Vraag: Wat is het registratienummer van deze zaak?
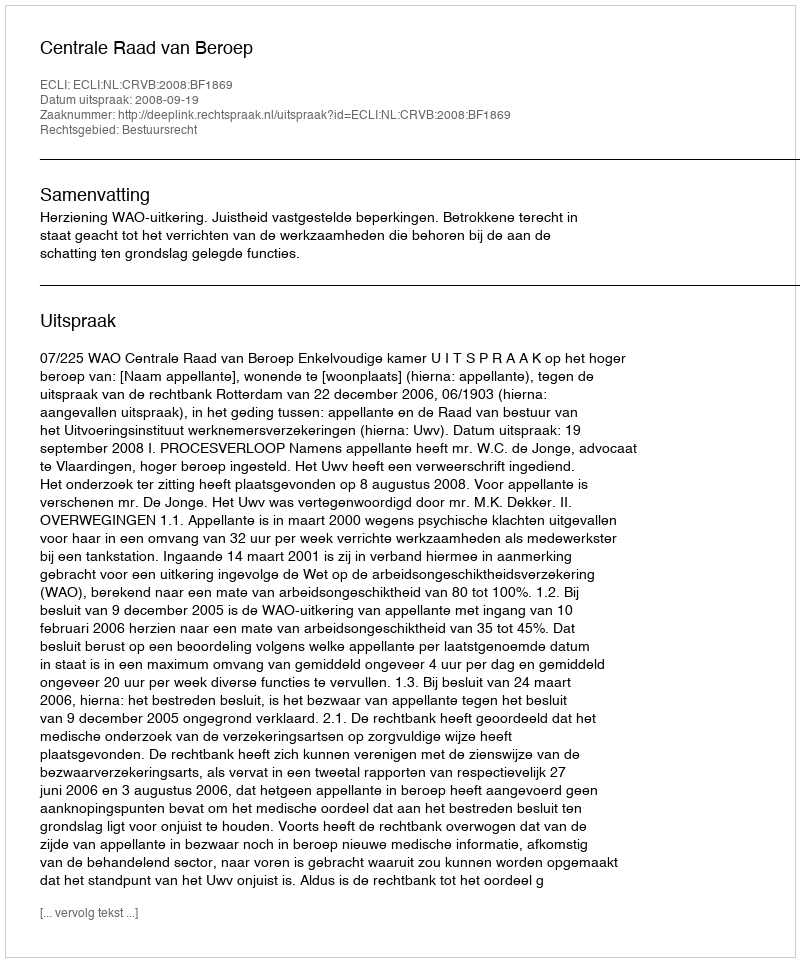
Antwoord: http://deeplink.rechtspraak.nl/uitspraak?id=ECLI:NL:CRVB:2008:BF1869